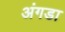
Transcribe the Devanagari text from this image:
अंगडा